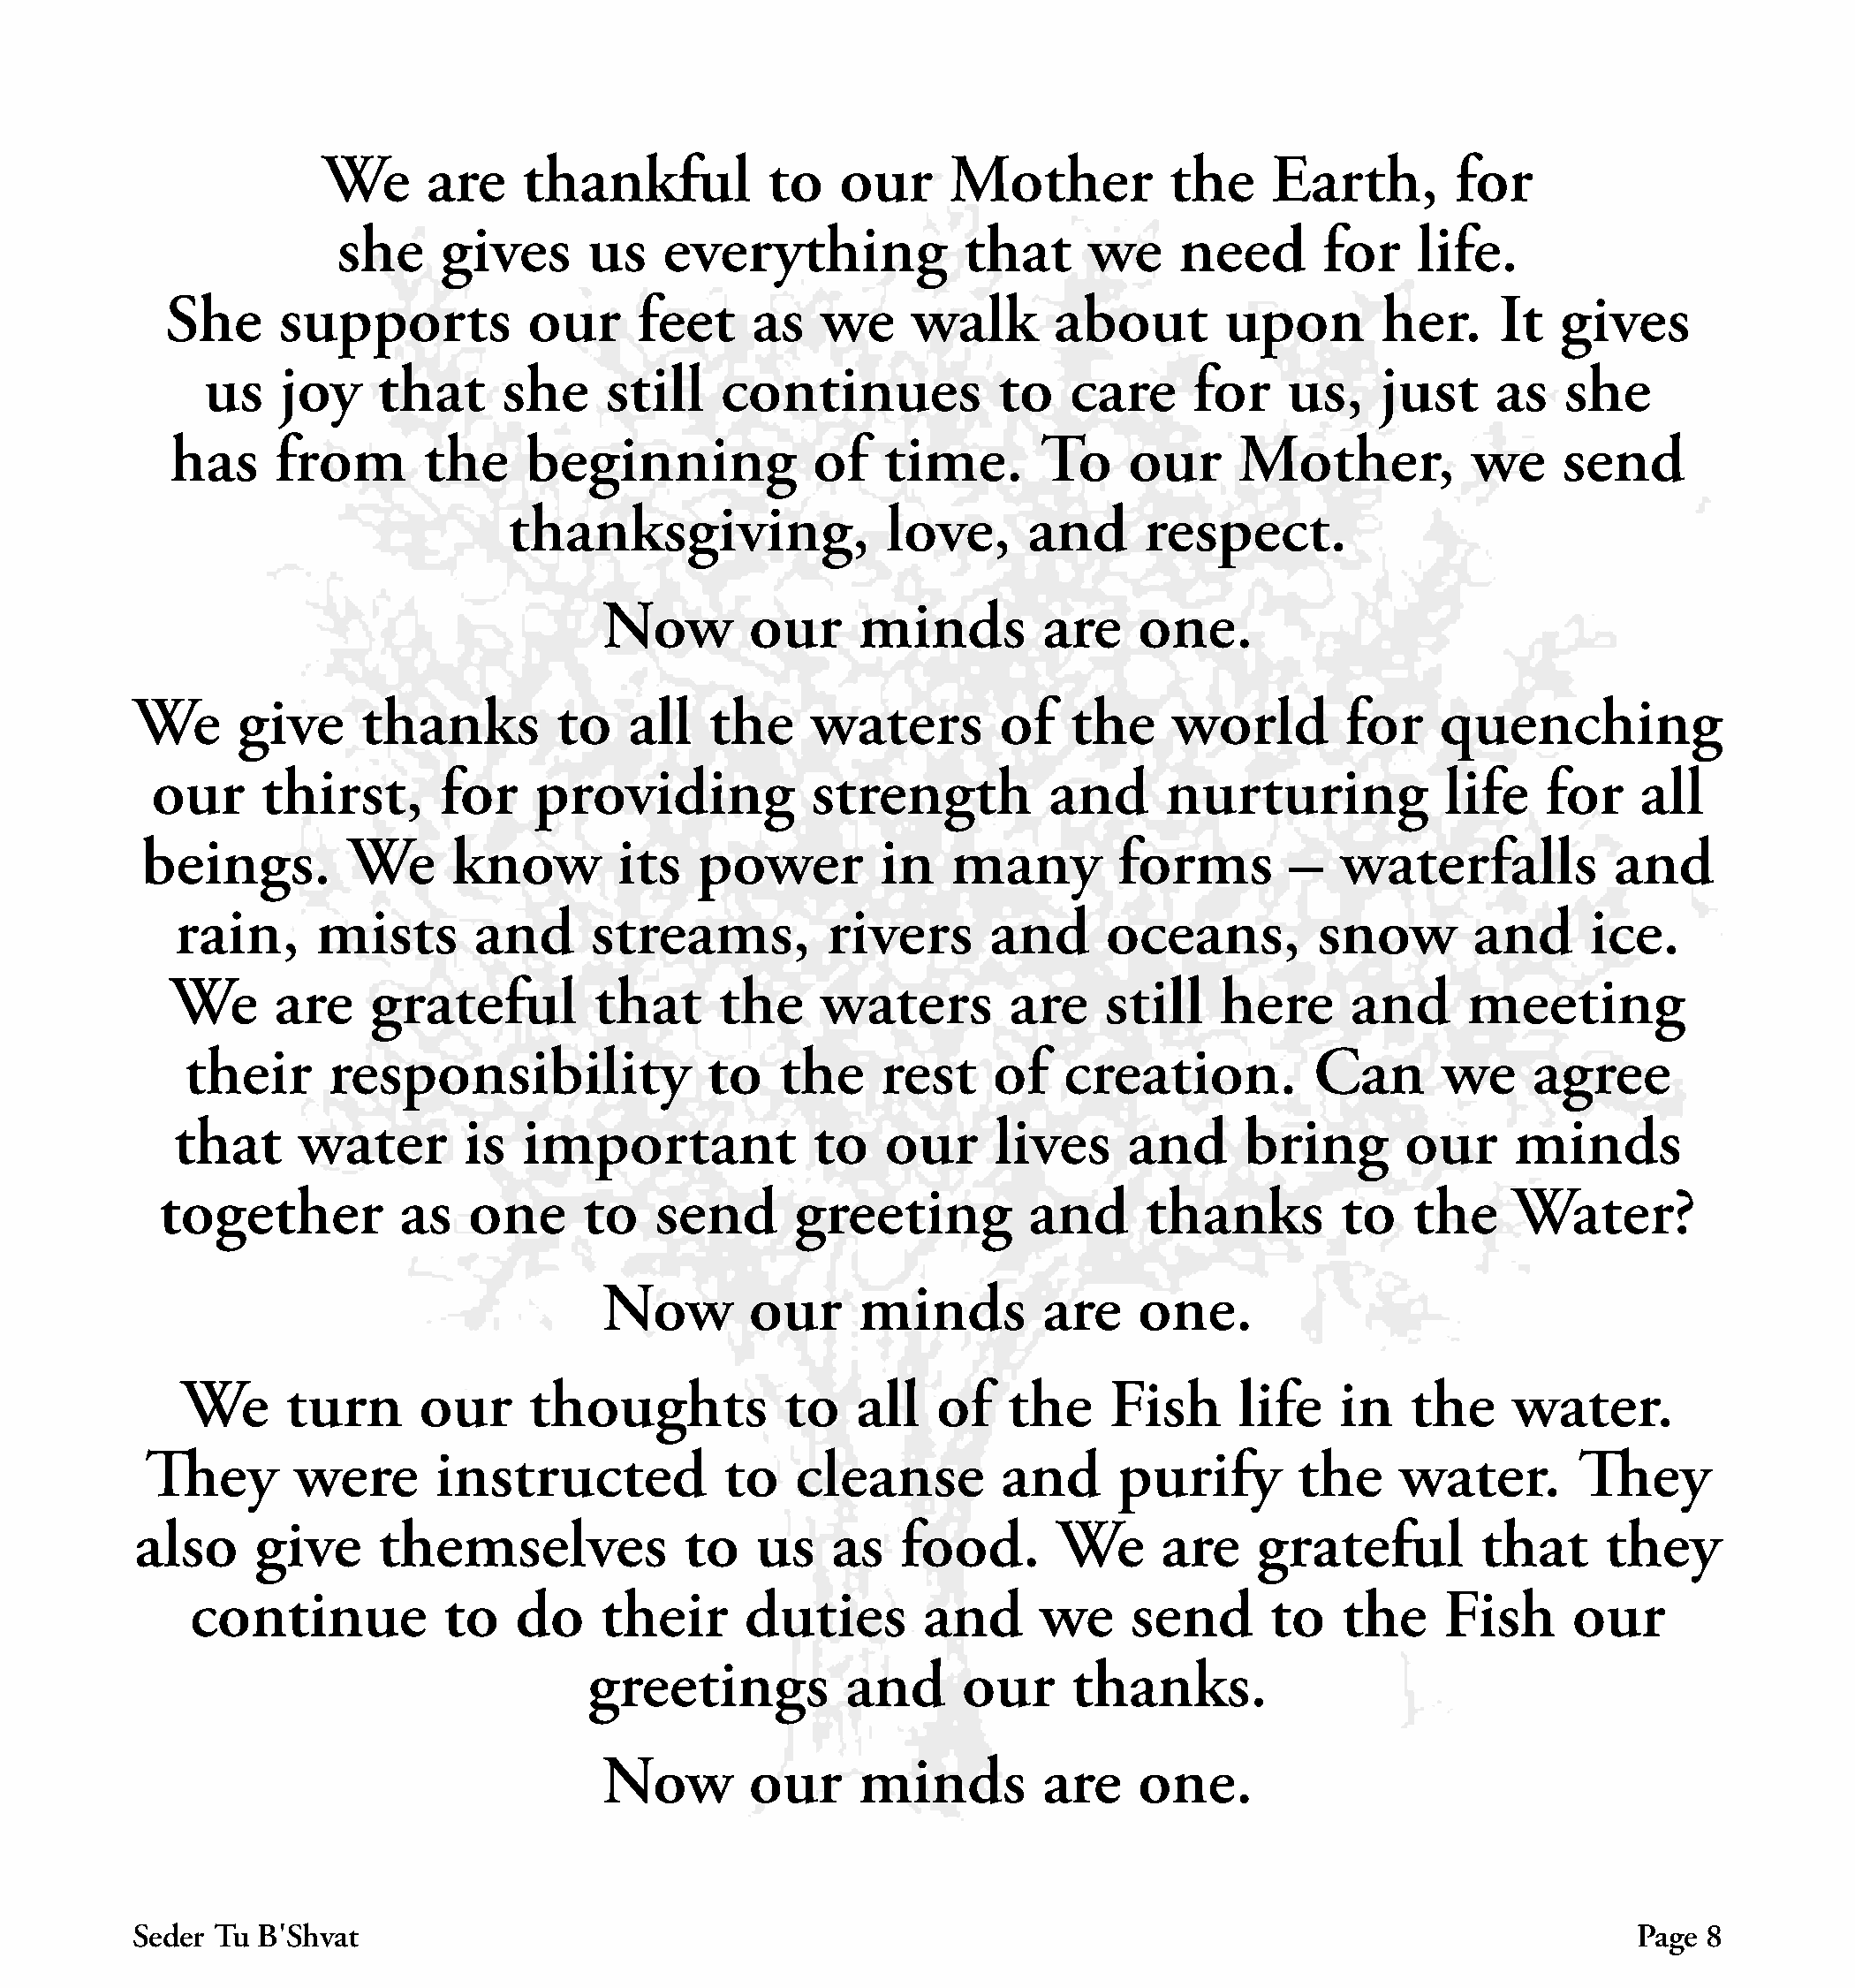
We      are    thankful           to   our     Mother           the    Earth,        for
 she     gives      us    everything            that      we    need       for    life.
 She      supports           our     feet    as    we    walk       about        upon        her.    It   gives
 us    joy    that      she    still    continues            to   care     for    us,    just     as   she
 has     from       the    beginning             of   time.       To     our     Mother,          we     send
 thanksgiving,               love,      and      respect.
 Now        our     minds         are    one.
 We      give     thanks         to   all   the     waters        of   the     world        for    quenching
 our      thirst,      for    providing            strength          and     nurturing            life    for    all
 beings.        We      know        its   power         in   many         forms        –  waterfalls           and
 rain,      mists       and     streams,          rivers      and      oceans,         snow       and      ice.
 We      are    grateful        that      the    waters         are    still   here      and      meeting
 their      responsibility              to   the     rest    of    creation.         Can       we     agree
 that     water        is  important             to   our      lives    and      bring       our     minds
 together          as   one      to   send       greeting         and      thanks        to    the    Water?
 Now        our     minds         are    one.
 We     turn      our      thoughts           to   all   of   the     Fish      life   in    the    water.
 They       were       instructed           to    cleanse        and      purify       the     water.       They
 also     give     themselves             to    us   as   food.       We      are    grateful         that     they
 continue           to    do    their      duties       and      we     send      to    the    Fish      our
 greetings          and      our     thanks.
 Now        our     minds         are    one.
 Seder Tu B׳Shvat                                                                                                 Page 8